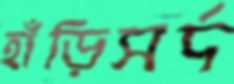
হাঁড়িসর্দ